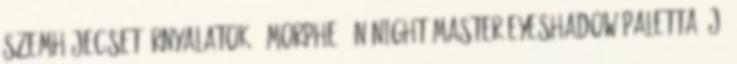
szemhéjecset árnyalatok:. Morphe 15N Night Master Eyeshadow paletta Új.